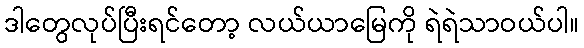
ဒါတွေလုပ်ပြီးရင်တော့ လယ်ယာမြေကို ရဲရဲသာဝယ်ပါ။